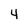
Character: 4